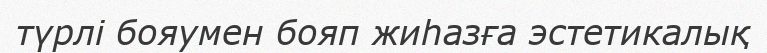
түрлі бояумен бояп жиһазға эстетикалық